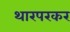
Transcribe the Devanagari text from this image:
थारपरकर